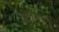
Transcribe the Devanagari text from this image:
बेलेमच्या